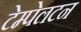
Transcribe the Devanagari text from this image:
टेम्पेलटन